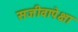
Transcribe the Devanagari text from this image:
सजीवापेक्षा